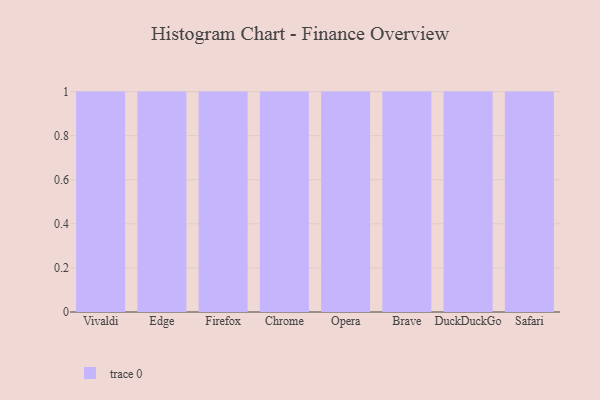
{"axis": {"x": "Browser", "y": "Inventory Turnover"}, "legend": [""], "data": [{"x": "Vivaldi", "y": 59, "type": ""}, {"x": "Edge", "y": 45, "type": ""}, {"x": "Firefox", "y": 38, "type": ""}, {"x": "Chrome", "y": 42, "type": ""}, {"x": "Opera", "y": 46, "type": ""}, {"x": "Brave", "y": 59, "type": ""}, {"x": "DuckDuckGo", "y": 38, "type": ""}, {"x": "Safari", "y": 82, "type": ""}]}